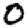
Digit: 0